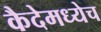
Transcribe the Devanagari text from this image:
कैदेमध्येच